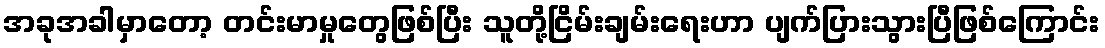
အခုအခါမှာတော့ တင်းမာမှုတွေဖြစ်ပြီး သူတို့ငြိမ်းချမ်းရေးဟာ ပျက်ပြားသွားပြီဖြစ်ကြောင်း